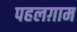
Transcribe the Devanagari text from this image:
पहलग़ाम